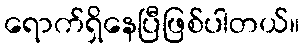
ရောက်ရှိနေပြီဖြစ်ပါတယ်။